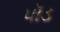
પૉડ